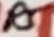
Text: R5